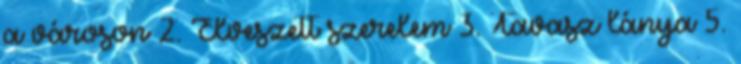
a városon 2. Elveszett szerelem 3. Tavasz lánya 5.